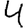
Digit: 4